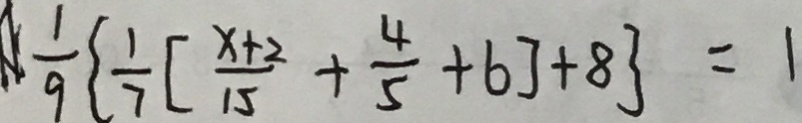
\frac { 1 } { 9 } \{ \frac { 1 } { 7 } [ \frac { x + 2 } { 1 5 } + \frac { 4 } { 5 } + 6 ] + 8 \} = 1